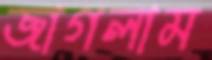
জাগলাম